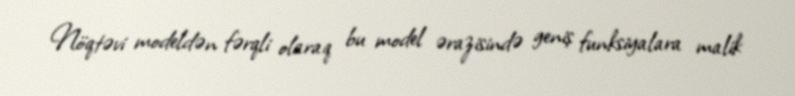
Nöqtəvi modeldən fərqli olaraq bu model ərazisində geniş funksiyalara malik